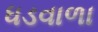
ધડવાળા